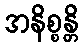
အနိစ္စန္တိ